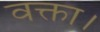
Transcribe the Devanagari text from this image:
वक्ता।